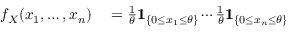
\begin{array} { r l } { f _ { X } ( x _ { 1 } , \ldots , x _ { n } ) } & { { } = { \frac { 1 } { \theta } } \mathbf { 1 } _ { \{ 0 \leq x _ { 1 } \leq \theta \} } \cdots { \frac { 1 } { \theta } } \mathbf { 1 } _ { \{ 0 \leq x _ { n } \leq \theta \} } } \end{array}